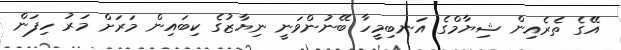
އޭގެ ތެރެއިން ޝިޔާމްގެ އަނބިމީހާ ބޭނުންވަނީ ނިޔާޒުގެ ކިބައިން މަރަށް މަރު ހިފަން